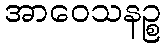
အာဝေသနဉ္စ